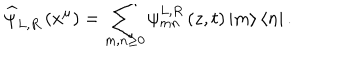
\widehat { \psi } _ { L , R } \left( x ^ { \mu } \right) = \sum _ { m , n \geq 0 } \psi _ { m n } ^ { L , R } \left( z , t \right) \left| m \right\rangle \left\langle n \right| .